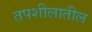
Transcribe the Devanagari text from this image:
तपशीलातील